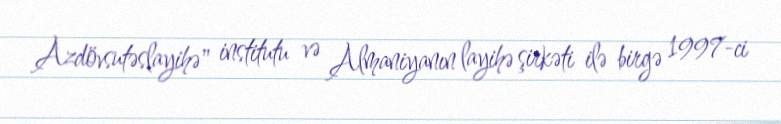
Azdövsutəslayihə" institutu və Almaniyanın layihə şirkəti ilə birgə 1997-ci